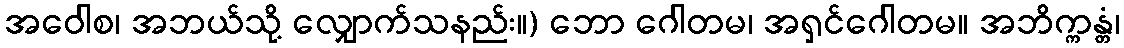
အဝေါစ၊ အဘယ်သို့ လျှောက်သနည်း။) ဘော ဂေါတမ၊ အရှင်ဂေါတမ။ အဘိက္ကန္တံ၊